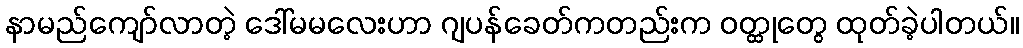
နာမည်ကျော်လာတဲ့ ဒေါ်မမလေးဟာ ဂျပန်ခေတ်ကတည်းက ဝတ္ထုတွေ ထုတ်ခဲ့ပါတယ်။